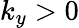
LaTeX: k_{y}>0